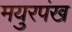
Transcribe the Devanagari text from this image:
मयुरपंख